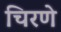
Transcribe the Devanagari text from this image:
चिरणे